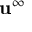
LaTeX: \mathbf { u } ^ { \infty }